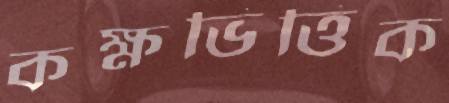
কক্ষভিত্তিক